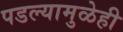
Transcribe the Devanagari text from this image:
पडल्यामुळेही